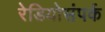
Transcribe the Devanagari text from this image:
रेडियोसंपर्क